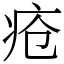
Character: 疮